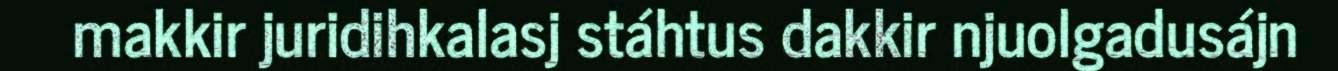
makkir juridihkalasj stáhtus dakkir njuolgadusájn